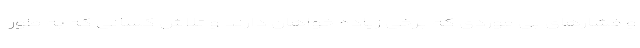
و فشارهای بی موردی که برخی زیاده خواهان دارند و تلاش کسانی که به طور